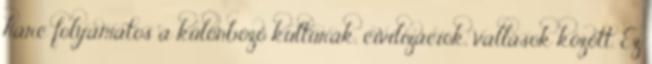
harc folyamatos a különböző kultúrák, civilizációk, vallások között. Ez